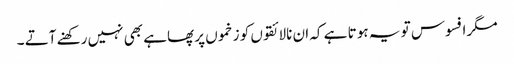
مگر افسوس تو یہ ہو تا ہے کہ ان نالائقوں کو زخموں پر پھاہے بھی نہیں رکھنے آتے ۔